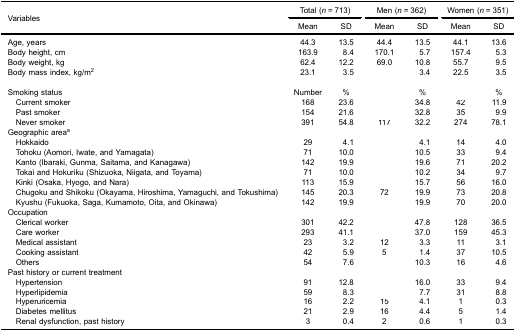
<table><thead><tr><td rowspan="3"><b>Variables</b></td><td colspan="2"><b>Total (<i>n</i> = 713)</b></td><td colspan="2"><b>Men (<i>n</i> = 362)</b></td><td colspan="2"><b>Women (<i>n</i> = 351)</b></td></tr><tr><td><b>Mean</b></td><td><b>SD</b></td><td><b>Mean</b></td><td><b>SD</b></td><td><b>Mean</b></td><td><b>SD</b></td></tr></thead><tbody><tr><td>Age, years</td><td>44.3</td><td>13.5</td><td>44.4</td><td>13.5</td><td>44.1</td><td>13.6</td></tr><tr><td>Body height, cm</td><td>163.9</td><td>8.4</td><td>170.1</td><td>5.7</td><td>157.4</td><td>5.3</td></tr><tr><td>Body weight, kg</td><td>62.4</td><td>12.2</td><td>69.0</td><td>10.8</td><td>55.7</td><td>9.5</td></tr><tr><td>Body mass index, kg/m<sup>2</sup></td><td>23.1</td><td>3.5</td><td>[EMPTY_CELL]</td><td>3.4</td><td>22.5</td><td>3.5</td></tr><tr><td>Smoking status</td><td>Number</td><td>%</td><td>[EMPTY_CELL]</td><td>%</td><td>[EMPTY_CELL]</td><td>%</td></tr><tr><td> Current smoker</td><td>168</td><td>23.6</td><td>[EMPTY_CELL]</td><td>34.8</td><td>42</td><td>11.9</td></tr><tr><td> Past smoker</td><td>154</td><td>21.6</td><td>[EMPTY_CELL]</td><td>32.8</td><td>35</td><td>9.9</td></tr><tr><td> Never smoker</td><td>391</td><td>54.8</td><td>117</td><td>32.2</td><td>274</td><td>78.1</td></tr><tr><td colspan="7">Geographic area<sup>a</sup></td></tr><tr><td> Hokkaido</td><td>29</td><td>4.1</td><td>[EMPTY_CELL]</td><td>4.1</td><td>14</td><td>4.0</td></tr><tr><td> Tohoku (Aomori, Iwate, and Yamagata)</td><td>71</td><td>10.0</td><td>[EMPTY_CELL]</td><td>10.5</td><td>33</td><td>9.4</td></tr><tr><td> Kanto (Ibaraki, Gunma, Saitama, and Kanagawa)</td><td>142</td><td>19.9</td><td>[EMPTY_CELL]</td><td>19.6</td><td>71</td><td>20.2</td></tr><tr><td> Tokai and Hokuriku (Shizuoka, Niigata, and Toyama)</td><td>71</td><td>10.0</td><td>[EMPTY_CELL]</td><td>10.2</td><td>34</td><td>9.7</td></tr><tr><td> Kinki (Osaka, Hyogo, and Nara)</td><td>113</td><td>15.9</td><td>[EMPTY_CELL]</td><td>15.7</td><td>56</td><td>16.0</td></tr><tr><td> Chugoku and Shikoku (Okayama, Hiroshima, Yamaguchi, and Tokushima)</td><td>145</td><td>20.3</td><td>72</td><td>19.9</td><td>73</td><td>20.8</td></tr><tr><td> Kyushu (Fukuoka, Saga, Kumamoto, Oita, and Okinawa)</td><td>142</td><td>19.9</td><td>[EMPTY_CELL]</td><td>19.9</td><td>70</td><td>20.0</td></tr><tr><td colspan="7">Occupation</td></tr><tr><td> Clerical worker</td><td>301</td><td>42.2</td><td>[EMPTY_CELL]</td><td>47.8</td><td>128</td><td>36.5</td></tr><tr><td> Care worker</td><td>293</td><td>41.1</td><td>[EMPTY_CELL]</td><td>37.0</td><td>159</td><td>45.3</td></tr><tr><td> Medical assistant</td><td>23</td><td>3.2</td><td>12</td><td>3.3</td><td>11</td><td>3.1</td></tr><tr><td> Cooking assistant</td><td>42</td><td>5.9</td><td>5</td><td>1.4</td><td>37</td><td>10.5</td></tr><tr><td> Others</td><td>54</td><td>7.6</td><td>[EMPTY_CELL]</td><td>10.3</td><td>16</td><td>4.6</td></tr><tr><td colspan="7">Past history or current treatment</td></tr><tr><td> Hypertension</td><td>91</td><td>12.8</td><td>[EMPTY_CELL]</td><td>16.0</td><td>33</td><td>9.4</td></tr><tr><td> Hyperlipidemia</td><td>59</td><td>8.3</td><td>[EMPTY_CELL]</td><td>7.7</td><td>31</td><td>8.8</td></tr><tr><td> Hyperuricemia</td><td>16</td><td>2.2</td><td>15</td><td>4.1</td><td>1</td><td>0.3</td></tr><tr><td> Diabetes mellitus</td><td>21</td><td>2.9</td><td>16</td><td>4.4</td><td>5</td><td>1.4</td></tr><tr><td> Renal dysfunction, past history</td><td>3</td><td>0.4</td><td>2</td><td>0.6</td><td>1</td><td>0.3</td></tr></tbody></table>